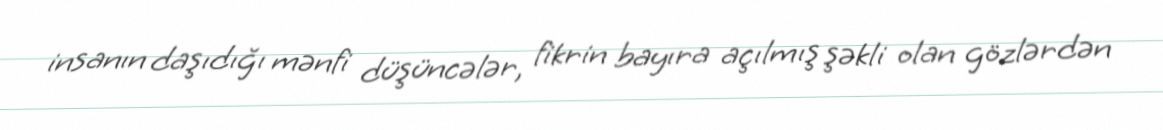
insanın daşıdığı mənfi düşüncələr, fikrin bayıra açılmış şəkli olan gözlərdən